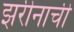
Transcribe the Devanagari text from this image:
झरीनाची